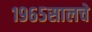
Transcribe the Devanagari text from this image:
१९६५सालचे